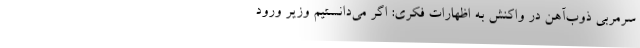
سرمربی ذوب‌آهن در واکنش به اظهارات فکری: اگر می‌دانستیم وزیر ورود